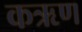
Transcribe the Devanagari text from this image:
कऋण